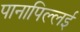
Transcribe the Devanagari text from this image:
पानापिल्लई